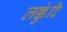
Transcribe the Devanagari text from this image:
लक्कुंदि